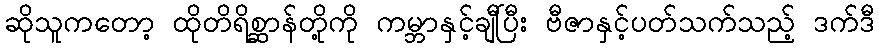
ဆိုသူကတော့ ထိုတိရိစ္ဆာန်တို့ကို ကမ္ဘာနှင့်ချီပြီး ဗီဇာနှင့်ပတ်သက်သည့် ဒက်ဒီ